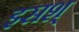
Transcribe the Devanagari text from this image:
इसश्